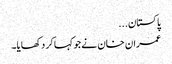
پاکستان...
عمران خان نے جو کہا کر دکھایا۔